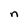
Character: n